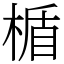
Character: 楯